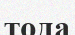
тода